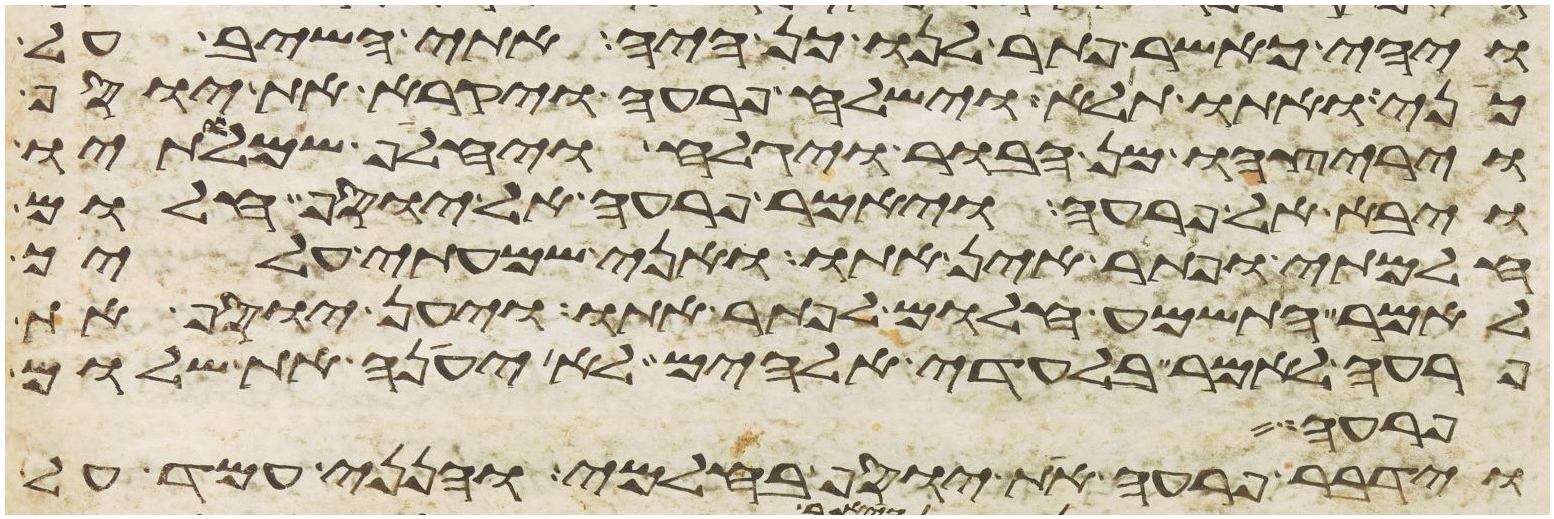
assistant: ויהי כאשר פתר לנו כן היה אתי השיב על
כני ואתו תלא וישלח פרעה ויקרא את יוסף
ויריצהו מן הבור ויגלח ויחלף שמלתיו
ויבא אל פרעה ויאמר פרעה אל יוסף חלום
חלמתי ופתר אין אתו ואני שמעתי עליך
לאמר התשמע חלום לפתר אתו ויען יוסף את
פרעה לאמר בלעדי אלהים לא יענה את שלום
פרעה
וידבר פרעה את יוסף בחלמי והנני עמד על